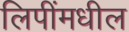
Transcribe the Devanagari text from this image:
लिपींमधील